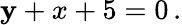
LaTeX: \mathbf{y}+x+5=0\, .